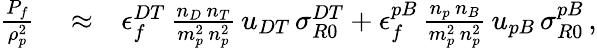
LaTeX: \begin{array}{rlr}{\frac{P_{f}}{\rho_{p}^{2}}}&{{}\approx}&{\epsilon_{f}^{DT}\, \frac{n_{D}\, n_{T}}{m_{p}^{2}\, n_{p}^{2}}\, u_{DT}\, \sigma_{R0}^{DT}+\epsilon_{f}^{pB}\, \frac{n_{p}\, n_{B}}{m_{p}^{2}\, n_{p}^{2}}\, u_{pB}\, \sigma_{R0}^{pB}\, ,}\end{array}